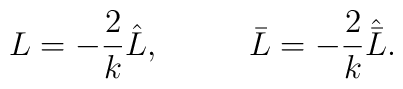
L=-\frac{2}{k}\hat L,~~~~~~~~\bar L=-\frac{2}{k}\hat{\bar L}.